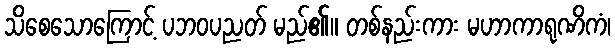
သိစေသောကြောင့် ပဘဝပညတ် မည်၏။ တစ်နည်းကား မဟာကာရုဏိကံ၊